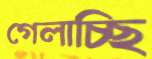
গেলাচ্ছি